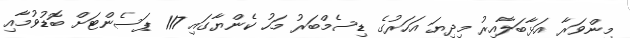
މިންވަރާ އަޅާބަލާއިރު މިދިޔަ އަހަރުގެ ޑިސެމްބަރު މަހު ކެންޔާގައި 117 ޕަސެންޓަށް ބޮޑުވުމާއި